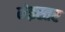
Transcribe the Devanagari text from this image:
मेइस्तर